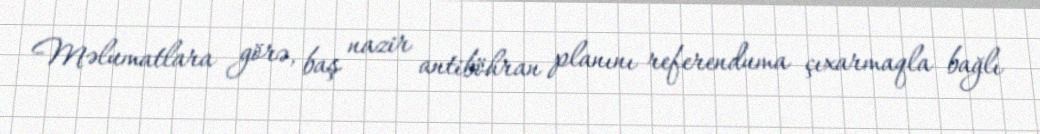
Məlumatlara görə, baş nazir antiböhran planını referenduma çıxarmaqla bağlı